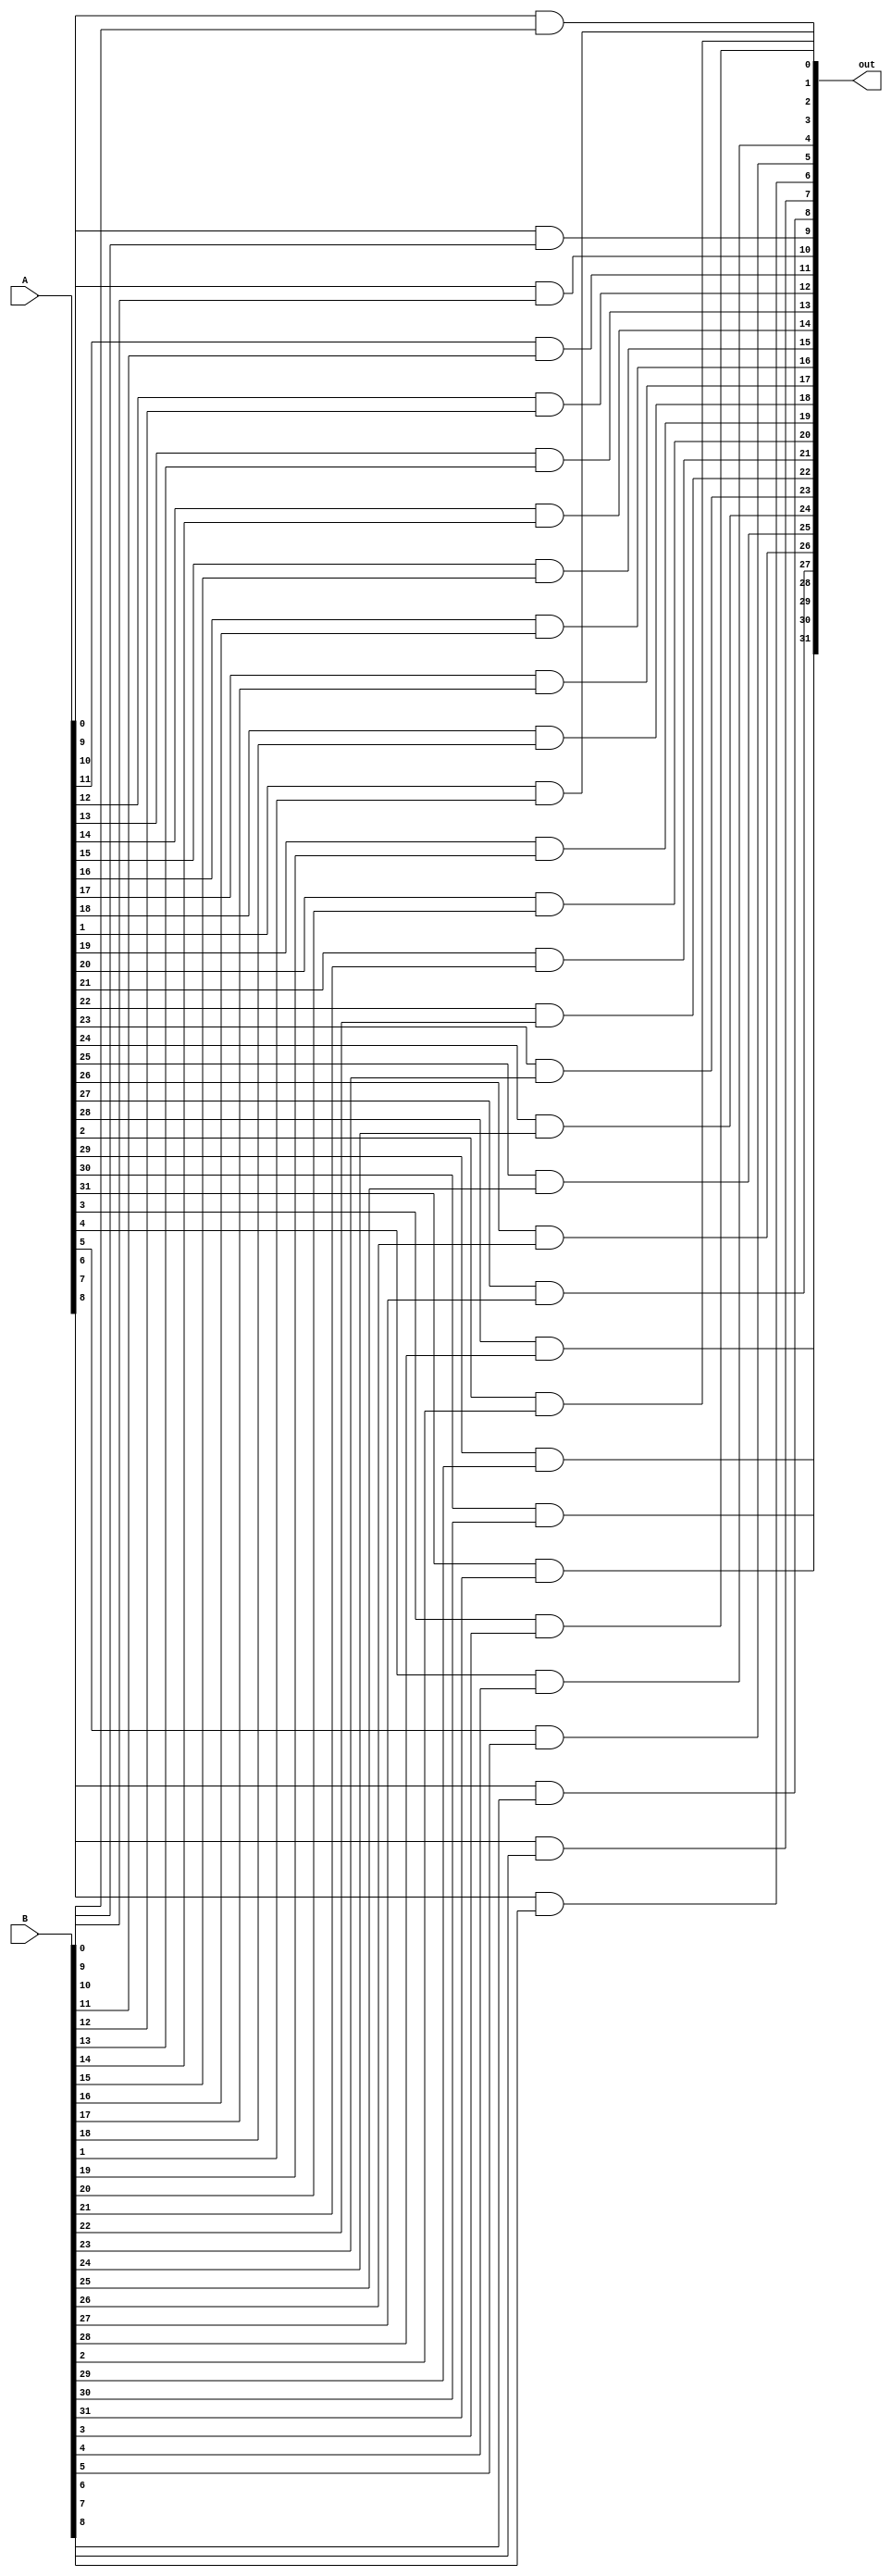
module And_32
(
    input [31:0] A,
    input [31:0] B,
    output [31:0] out
);
    genvar c;
    generate
        for(c=0; c<32; c = c+1)begin
            and and1(out[c], A[c], B[c]);
        end
    endgenerate
endmodule